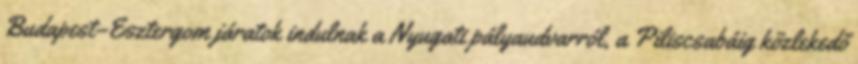
Budapest–Esztergom járatok indulnak a Nyugati pályaudvarról, a Piliscsabáig közlekedő